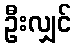
ဦးလျှင်